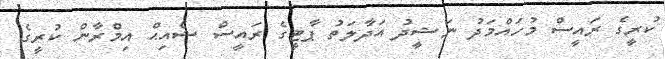
ކުރީގެ ރައީސް މުހައްމަދު ނަޝީދު އަދާލަތު ޕާޓީގެ ރައީސް ޝެއިޙް އިމްރާން ކުރީގެ